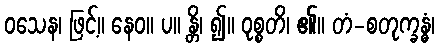
ဝသေန၊ ဖြင့်။ နေဝ။ ပ။ န္တိ၊ ၍။ ဝုစ္စတိ၊ ၏။ တံ-စတုက္ခန္ဓံ၊